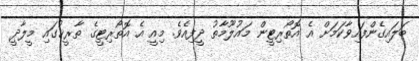
ބަލައިގެންފައިވާކަމަށް އެ އޮތޯރިޓީން މައުލޫމާތު ދީފިއެވެ. މިއީ އެ އޮތޯރިޓީގެ ތާރީޚުގައި މީލާދީ